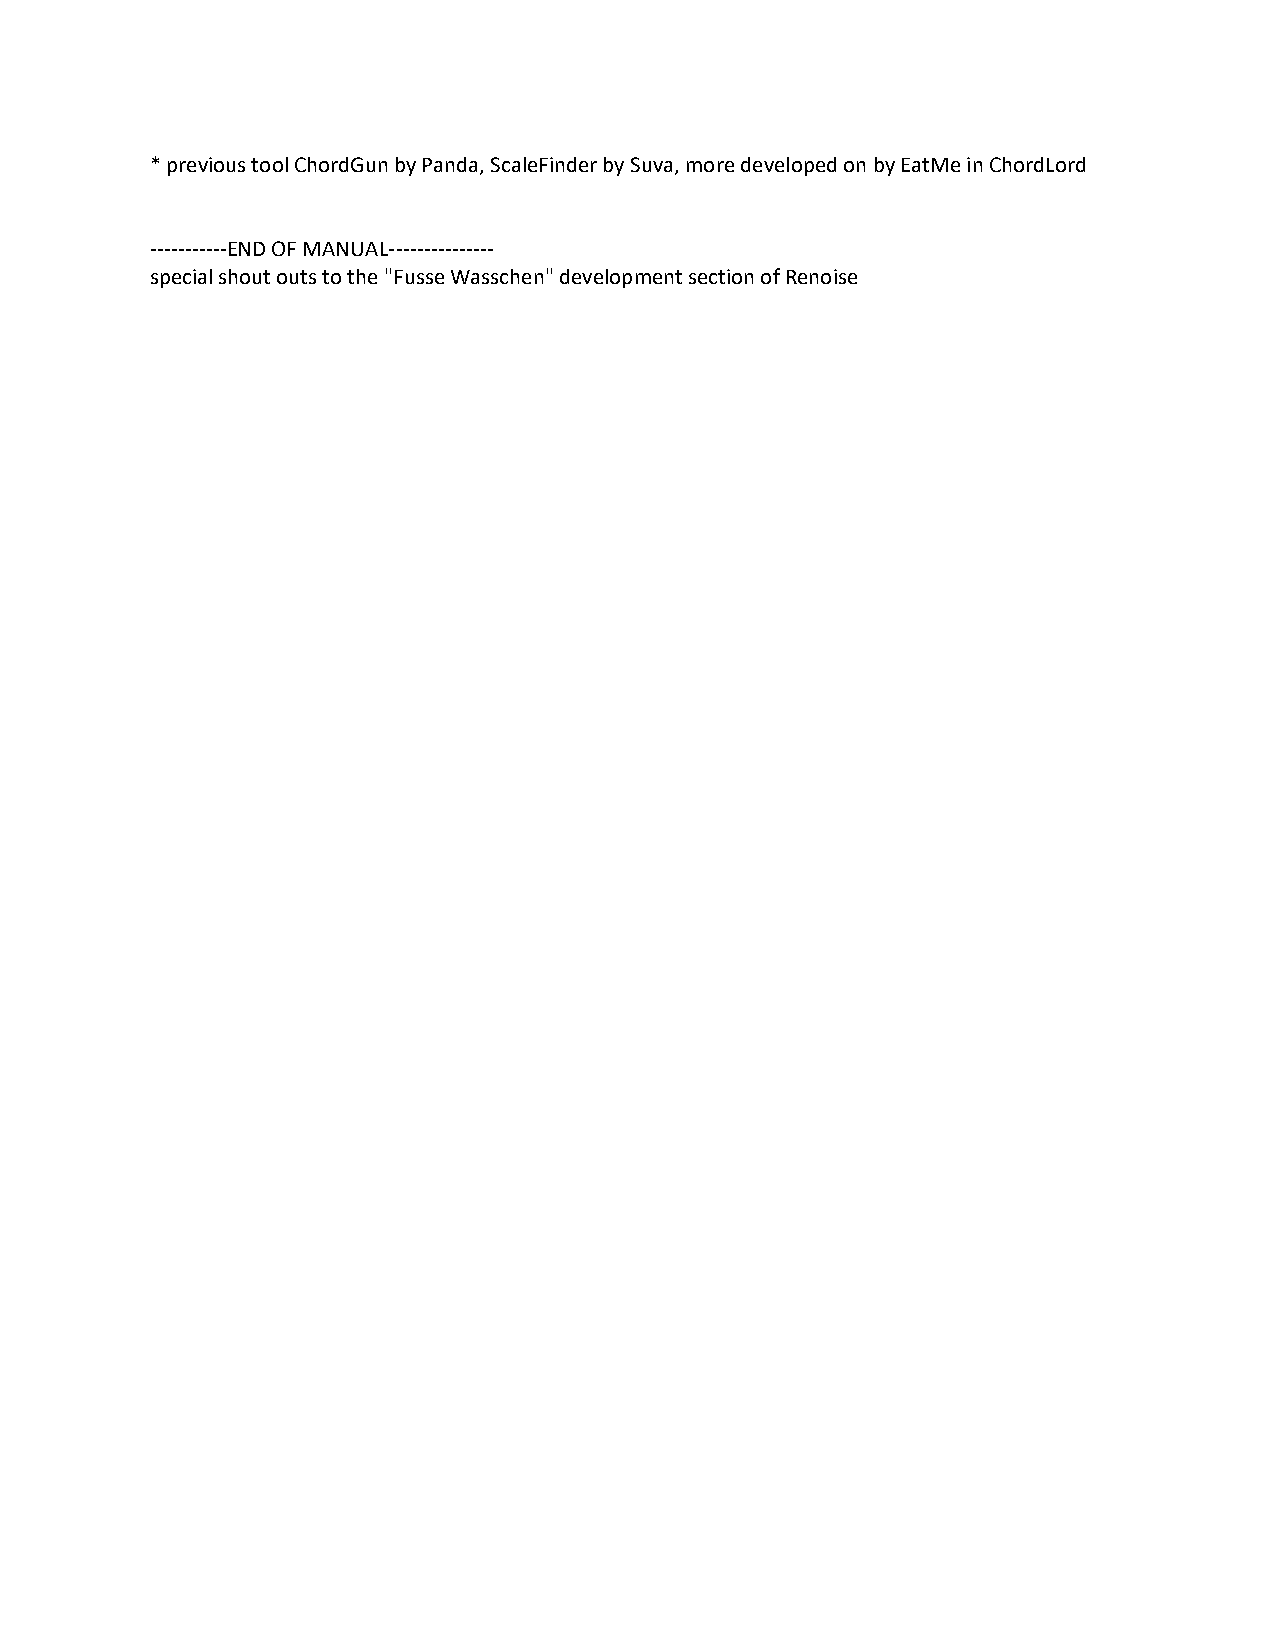
* previous tool ChordGun by Panda, ScaleFinder by Suva, more developed on by EatMe in ChordLord
 -----------END OF MANUAL---------------
 special shout outs to the "Fusse Wasschen" development section of Renoise